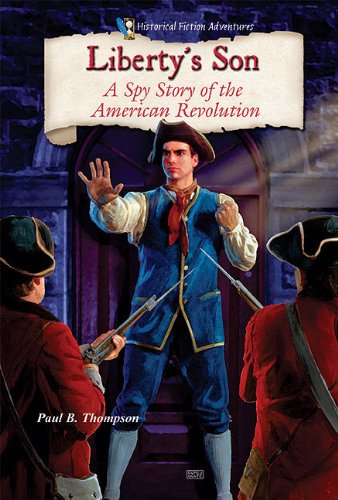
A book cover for Liberty's Son: A Spy Story of the American Revolution (Historical Fiction Adventures); Paul B. Thompson; Teen & Young Adult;